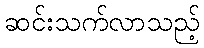
ဆင်းသက်လာသည့်